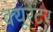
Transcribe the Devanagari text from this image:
क्यूरेंटर